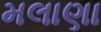
મલાણા